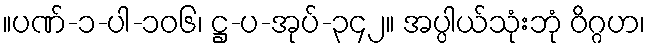
။ပဏ်-၁-ပါ-၁၀၆၊ ဋ္ဌ-ပ-အုပ်-၃၄၂။ အပ္ပါယ်သုံးဘုံ ဝိဂ္ဂဟ၊